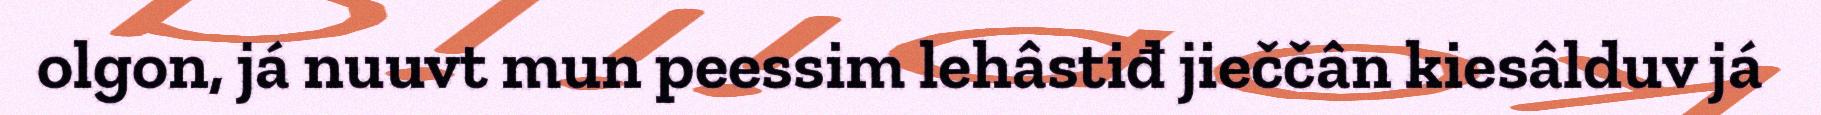
olgon, já nuuvt mun peessim lehâstiđ jieččân kiesâlduv já